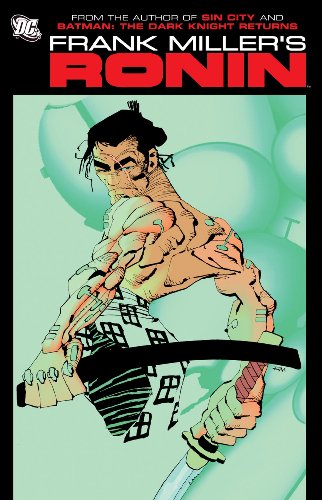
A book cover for Frank Miller's Ronin; Frank Miller; Comics & Graphic Novels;